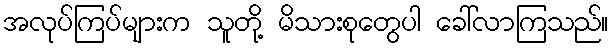
အလုပ်ကြပ်များက သူတို့ မိသားစုတွေပါ ခေါ်လာကြသည်။